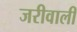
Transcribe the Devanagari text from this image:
जरीवाली